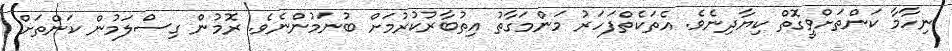
ނިހާމާ ކަންތަށްވީގޮތް ކިޔާދިނެވެ. އެތަކެތްފަހަރު މަންމަގާތު އިތުބާރުކުރުމަށް ބުނަމުންނެވެ. ރޮމުން ގިސްލަމުން ކަންތަށް